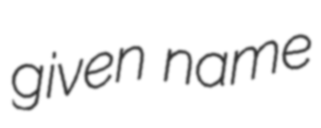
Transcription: given name